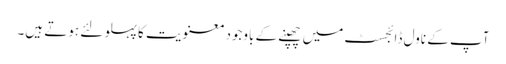
آپ کے ناول ڈائجسٹ میں چھپنے کے باوجود معنویت کا پہلو لئے ہوتے ہیں۔